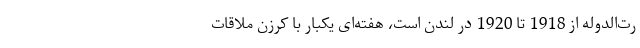
رت‌الدوله از 1918 تا 1920 در لندن است، هفته‌ای یکبار با کرزن ملاقات